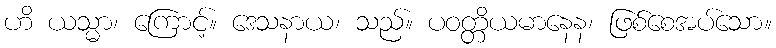
ဟိ ယသ္မာ၊ ကြောင့်။ ဒေသနာယ၊ သည်။ ပဝတ္တိယမာနေန၊ ဖြစ်စေအပ်သော။